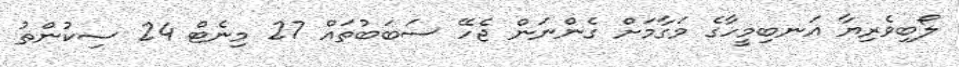
ލޯބިވެރިޔާ އަނބިމީހާގެ މަގާމަށް ގެންނަން ޖެހޭ ސަބަބުތައް 27 މިނެޓް 24 ސިކުންތު